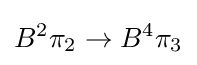
B^{2}\pi _{2}\to B^{4}\pi _{3}